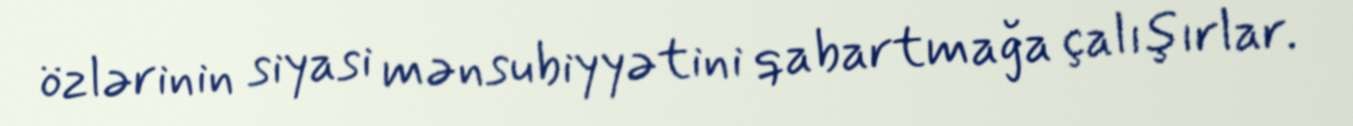
özlərinin siyasi mənsubiyyətini qabartmağa çalışırlar.